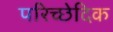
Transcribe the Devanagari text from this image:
परिच्छेदिक